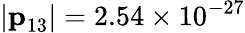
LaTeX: |\textbf{p}_{13}|=2.54\times 10^{-27}